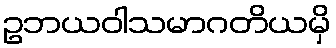
ဥဘယဝါသမာဂတိယမှိ